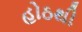
હોઠથી